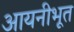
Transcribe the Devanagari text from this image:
आयनीभूत